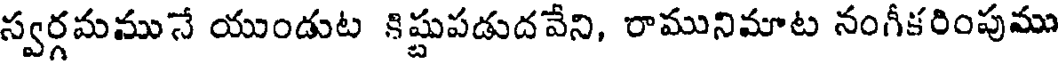
స్వర్గమమునే యుండుట కిష్టుపడుదవేని, రామునిమాట నంగీకరింపుము